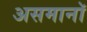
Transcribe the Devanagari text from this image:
असमानॉ